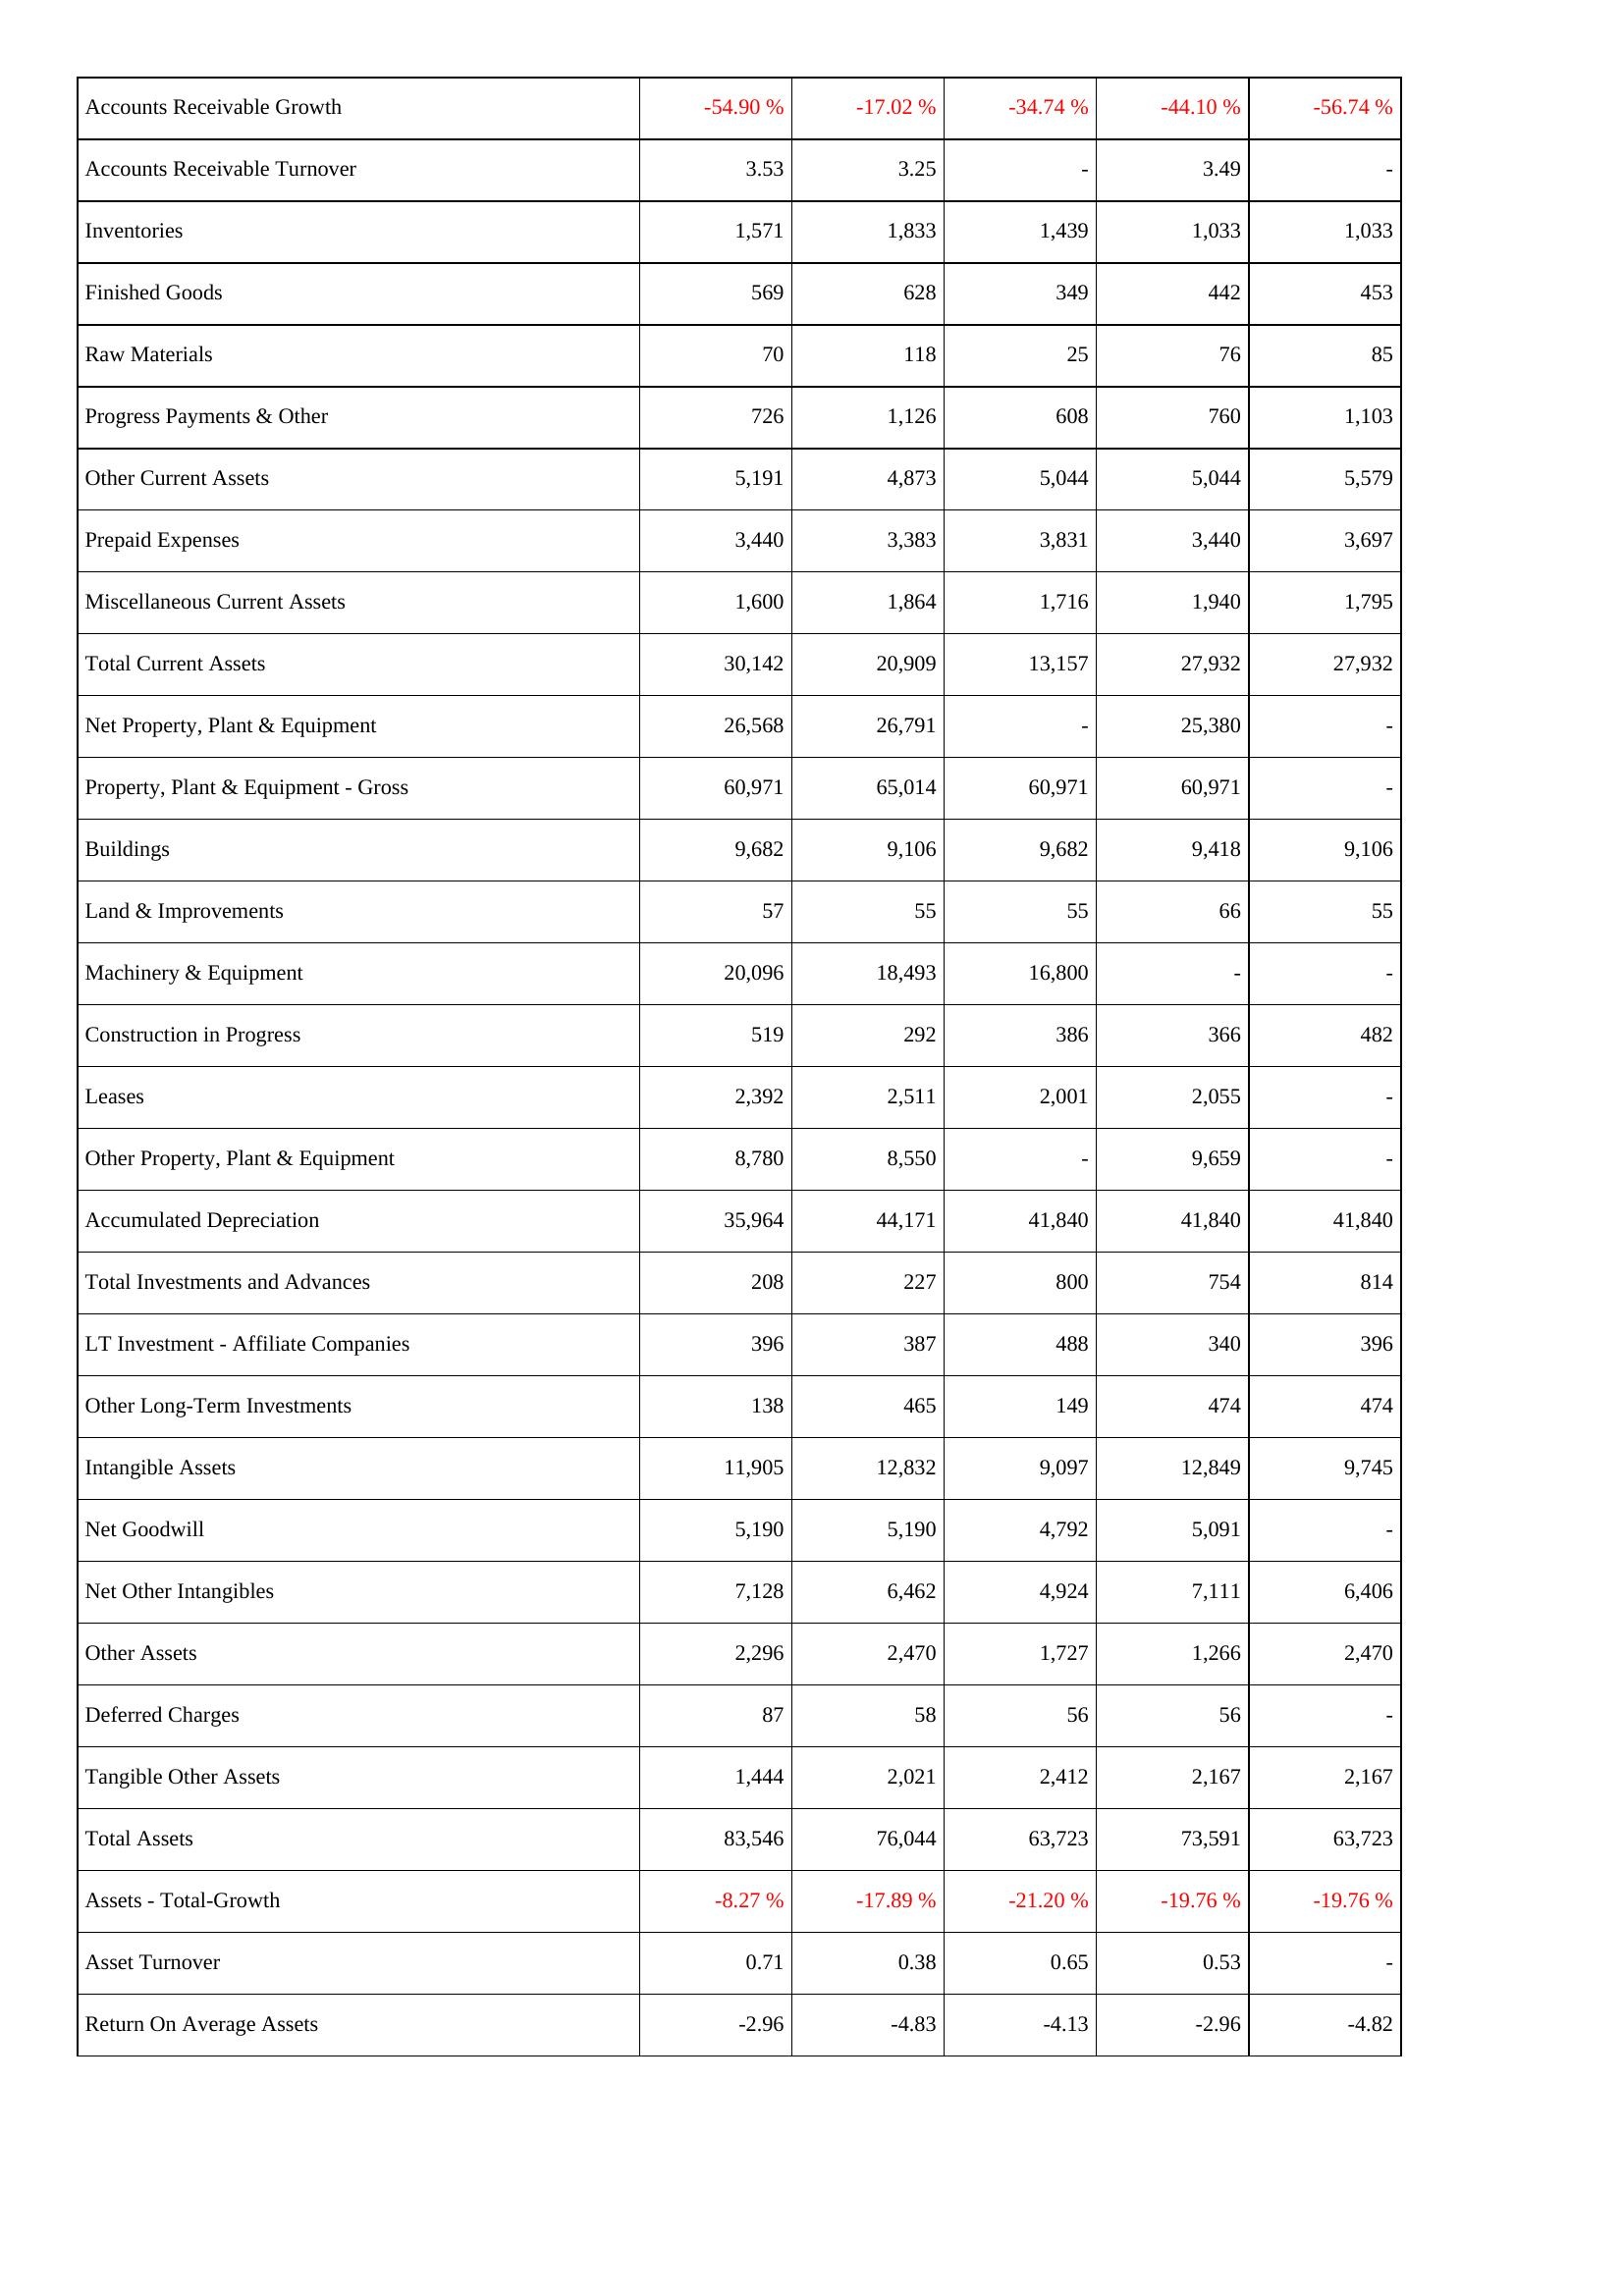
2022: Assets: Accounts Receivable Growth: -54.90 %
Accounts Receivable Turnover: 3.53
Inventories: 1,571
Finished Goods: 569
Raw Materials: 70
Progress Payments & Other: 726
Other Current Assets: 5,191
Prepaid Expenses: 3,440
Miscellaneous Current Assets: 1,600
Total Current Assets: 30,142
Net Property, Plant & Equipment: 26,568
Property, Plant & Equipment - Gross: 60,971
Buildings: 9,682
Land & Improvements: 57
Machinery & Equipment: 20,096
Construction in Progress: 519
Leases: 2,392
Other Property, Plant & Equipment: 8,780
Accumulated Depreciation: 35,964
Total Investments and Advances: 208
LT Investment - Affiliate Companies: 396
Other Long-Term Investments: 138
Intangible Assets: 11,905
Net Goodwill: 5,190
Net Other Intangibles: 7,128
Other Assets: 2,296
Deferred Charges: 87
Tangible Other Assets: 1,444
Total Assets: 83,546
Assets - Total-Growth: -8.27 %
Asset Turnover: 0.71
Return On Average Assets: -2.96
2021: Assets: Accounts Receivable Growth: -17.02 %
Accounts Receivable Turnover: 3.25
Inventories: 1,833
Finished Goods: 628
Raw Materials: 118
Progress Payments & Other: 1,126
Other Current Assets: 4,873
Prepaid Expenses: 3,383
Miscellaneous Current Assets: 1,864
Total Current Assets: 20,909
Net Property, Plant & Equipment: 26,791
Property, Plant & Equipment - Gross: 65,014
Buildings: 9,106
Land & Improvements: 55
Machinery & Equipment: 18,493
Construction in Progress: 292
Leases: 2,511
Other Property, Plant & Equipment: 8,550
Accumulated Depreciation: 44,171
Total Investments and Advances: 227
LT Investment - Affiliate Companies: 387
Other Long-Term Investments: 465
Intangible Assets: 12,832
Net Goodwill: 5,190
Net Other Intangibles: 6,462
Other Assets: 2,470
Deferred Charges: 58
Tangible Other Assets: 2,021
Total Assets: 76,044
Assets - Total-Growth: -17.89 %
Asset Turnover: 0.38
Return On Average Assets: -4.83
2020: Assets: Accounts Receivable Growth: -34.74 %
Accounts Receivable Turnover: -
Inventories: 1,439
Finished Goods: 349
Raw Materials: 25
Progress Payments & Other: 608
Other Current Assets: 5,044
Prepaid Expenses: 3,831
Miscellaneous Current Assets: 1,716
Total Current Assets: 13,157
Net Property, Plant & Equipment: -
Property, Plant & Equipment - Gross: 60,971
Buildings: 9,682
Land & Improvements: 55
Machinery & Equipment: 16,800
Construction in Progress: 386
Leases: 2,001
Other Property, Plant & Equipment: -
Accumulated Depreciation: 41,840
Total Investments and Advances: 800
LT Investment - Affiliate Companies: 488
Other Long-Term Investments: 149
Intangible Assets: 9,097
Net Goodwill: 4,792
Net Other Intangibles: 4,924
Other Assets: 1,727
Deferred Charges: 56
Tangible Other Assets: 2,412
Total Assets: 63,723
Assets - Total-Growth: -21.20 %
Asset Turnover: 0.65
Return On Average Assets: -4.13
2019: Assets: Accounts Receivable Growth: -44.10 %
Accounts Receivable Turnover: 3.49
Inventories: 1,033
Finished Goods: 442
Raw Materials: 76
Progress Payments & Other: 760
Other Current Assets: 5,044
Prepaid Expenses: 3,440
Miscellaneous Current Assets: 1,940
Total Current Assets: 27,932
Net Property, Plant & Equipment: 25,380
Property, Plant & Equipment - Gross: 60,971
Buildings: 9,418
Land & Improvements: 66
Machinery & Equipment: -
Construction in Progress: 366
Leases: 2,055
Other Property, Plant & Equipment: 9,659
Accumulated Depreciation: 41,840
Total Investments and Advances: 754
LT Investment - Affiliate Companies: 340
Other Long-Term Investments: 474
Intangible Assets: 12,849
Net Goodwill: 5,091
Net Other Intangibles: 7,111
Other Assets: 1,266
Deferred Charges: 56
Tangible Other Assets: 2,167
Total Assets: 73,591
Assets - Total-Growth: -19.76 %
Asset Turnover: 0.53
Return On Average Assets: -2.96
2018: Assets: Accounts Receivable Growth: -56.74 %
Accounts Receivable Turnover: -
Inventories: 1,033
Finished Goods: 453
Raw Materials: 85
Progress Payments & Other: 1,103
Other Current Assets: 5,579
Prepaid Expenses: 3,697
Miscellaneous Current Assets: 1,795
Total Current Assets: 27,932
Net Property, Plant & Equipment: -
Property, Plant & Equipment - Gross: -
Buildings: 9,106
Land & Improvements: 55
Machinery & Equipment: -
Construction in Progress: 482
Leases: -
Other Property, Plant & Equipment: -
Accumulated Depreciation: 41,840
Total Investments and Advances: 814
LT Investment - Affiliate Companies: 396
Other Long-Term Investments: 474
Intangible Assets: 9,745
Net Goodwill: -
Net Other Intangibles: 6,406
Other Assets: 2,470
Deferred Charges: -
Tangible Other Assets: 2,167
Total Assets: 63,723
Assets - Total-Growth: -19.76 %
Asset Turnover: -
Return On Average Assets: -4.82